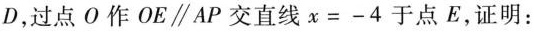
D，过点O作OE\parallel AP交直线$$x = - 4$$于点E，证明：